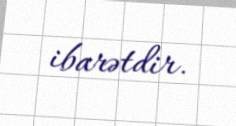
ibarətdir.